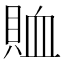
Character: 賉